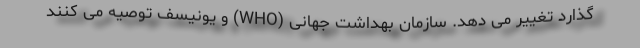
گذارد تغییر می دهد. سازمان بهداشت جهانی (WHO) و یونیسف توصیه می کنند